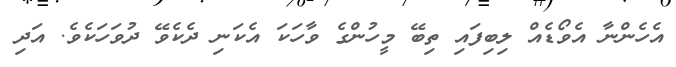
އެހެންނާ އެވޯޑެއް ލިބިފައި ތިބޭ މީހުންގެ ވާހަކަ އެކަނި ދެކެވޭ ދުވަހަކެވެ. އަދި